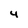
Character: 4